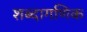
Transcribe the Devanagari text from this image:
शब्दागणिक